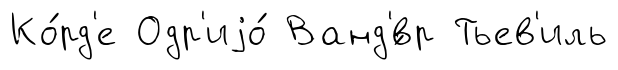
Ко́рд'е Одр'иjо́ Ванд'́вр Тьев'иль